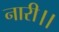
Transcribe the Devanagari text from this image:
नारी।।